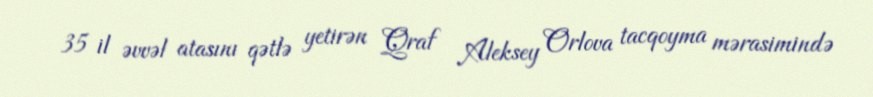
35 il əvvəl atasını qətlə yetirən Qraf Aleksey Orlova tacqoyma mərasimində